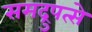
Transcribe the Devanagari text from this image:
समद्रुपत्से